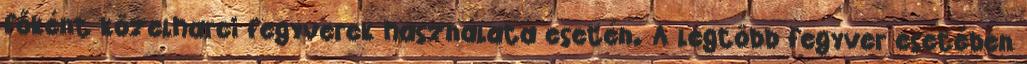
főként közelharci fegyverek használata esetén. A legtöbb fegyver esetében